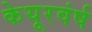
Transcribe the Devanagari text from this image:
केयूरवंर्ष